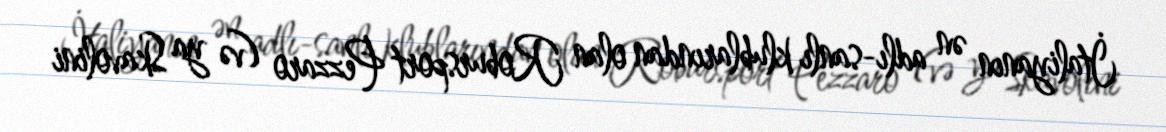
İtaliyanın ən adlı-sanlı klublarından olan Robursport Pezzaro (və ya Skavolini